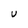
Character: u